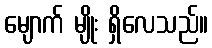
မျောက် မျိုး ရှိလေသည်။